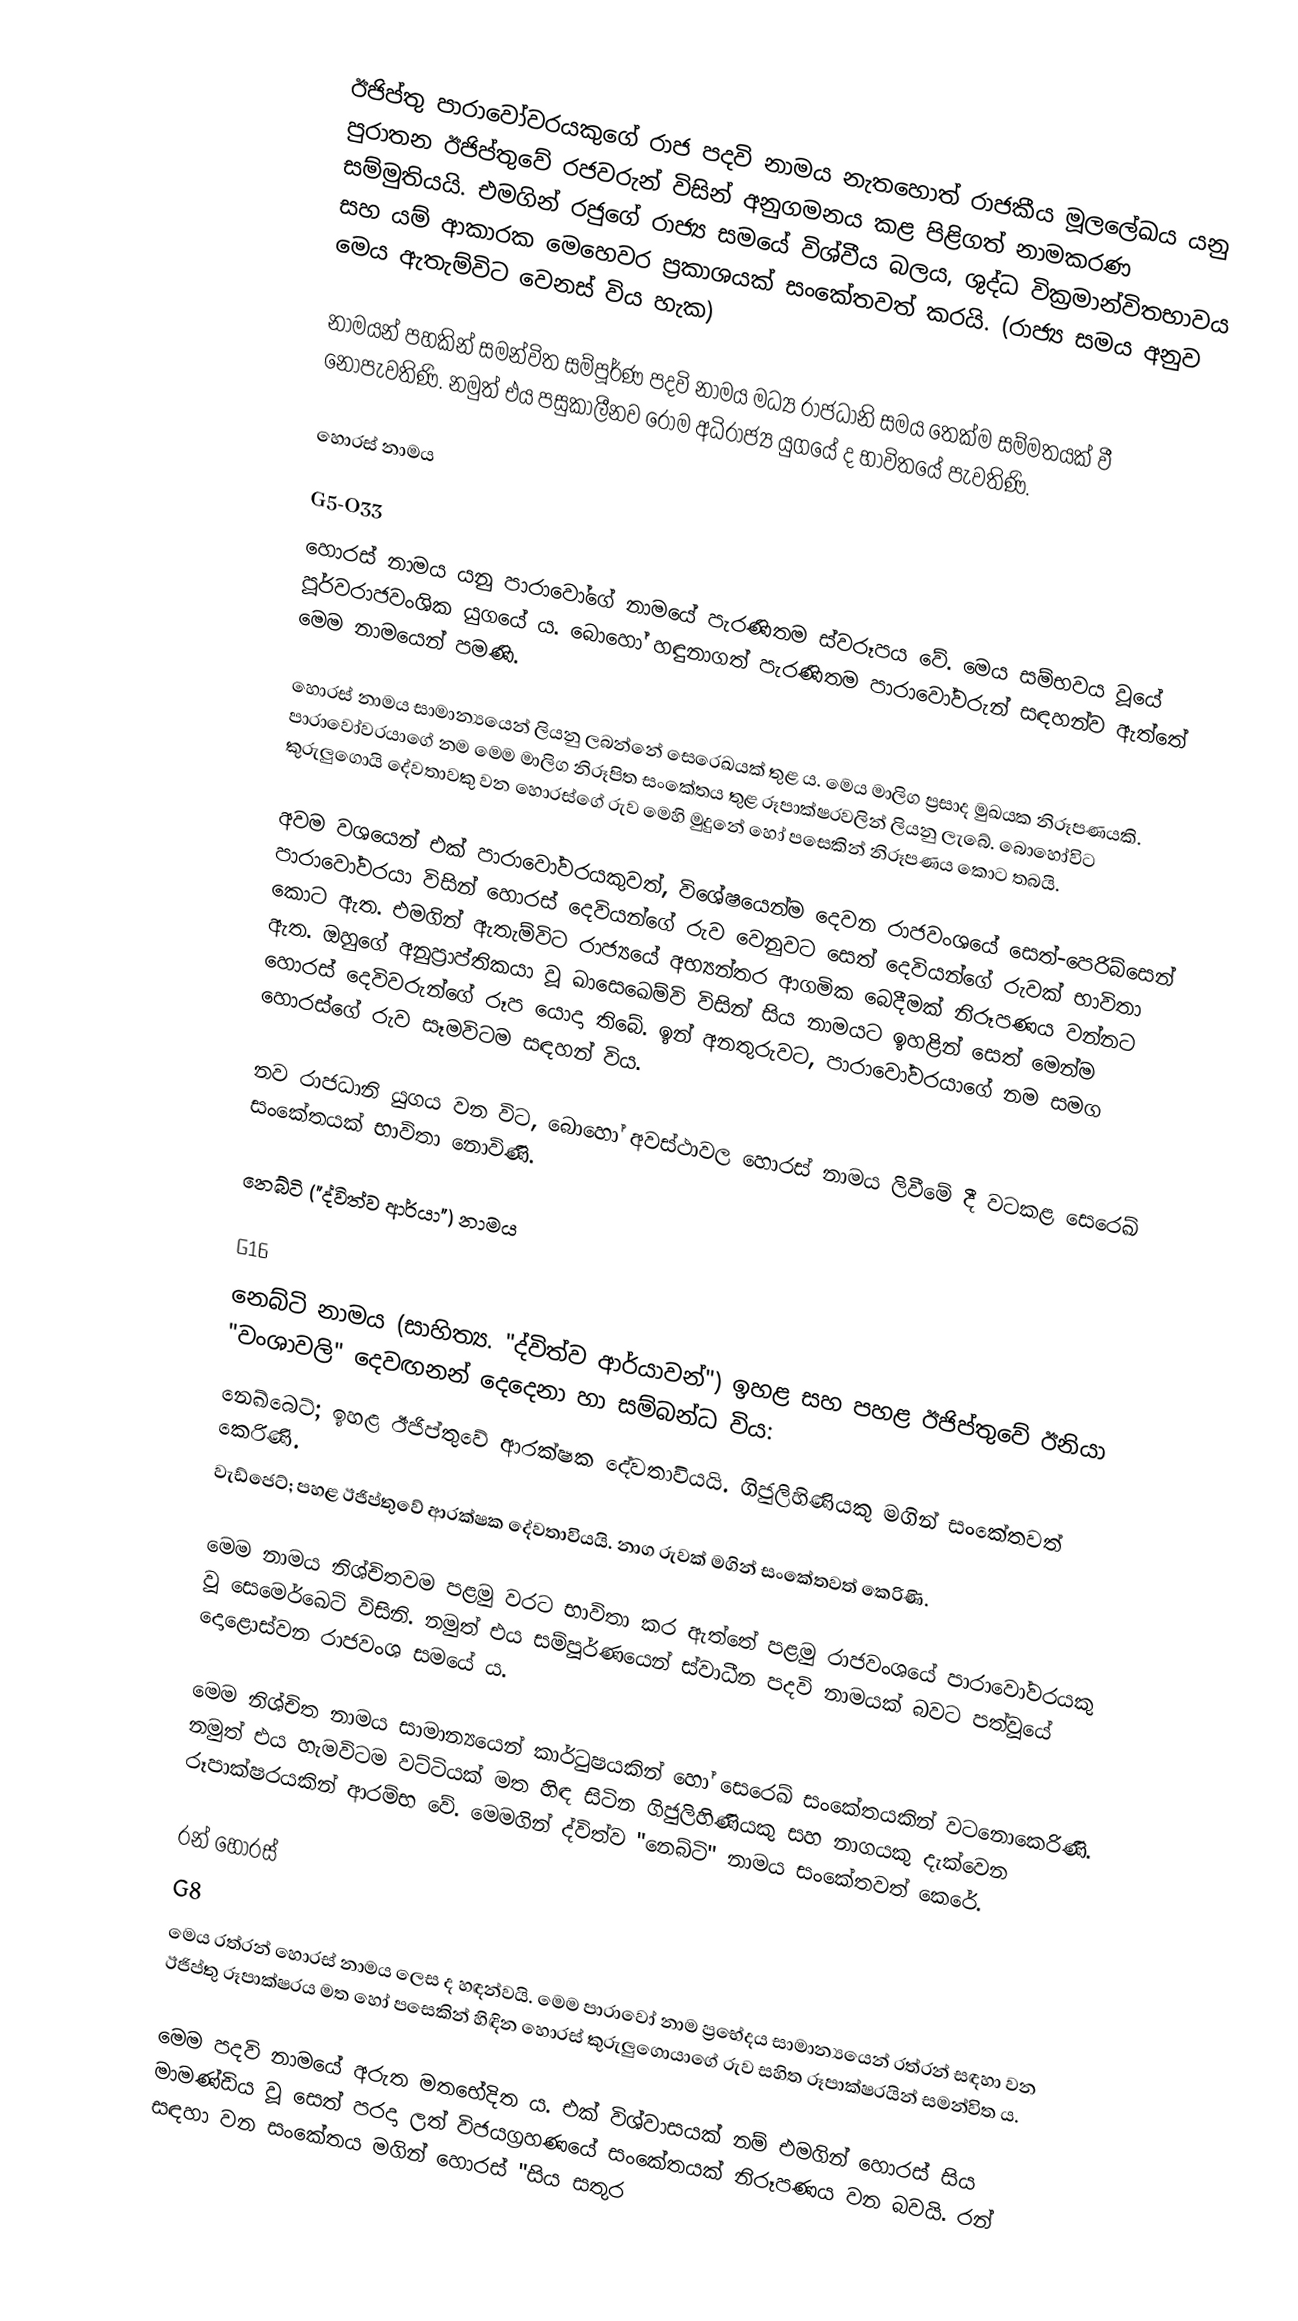
ඊජිප්තු පාරාවෝවරයකුගේ රාජ පදවි නාමය නැතහොත් රාජකීය මූලලේඛය යනු පුරාතන ඊජිප්තුවේ රජවරුන් විසින් අනුගමනය කළ පිළිගත් නාමකරණ සම්මුතියයි. එමගින් රජුගේ රාජ්‍ය සමයේ විශ්වීය බලය, ශුද්ධ වික්‍රමාන්විතභාවය සහ යම් ආකාරක මෙහෙවර ප්‍රකාශයක් සංකේතවත් කරයි. (රාජ්‍ය සමය අනුව මෙය ඇතැම්විට වෙනස් විය හැක)

නාමයන් පහකින් සමන්විත සම්පූර්ණ පදවි නාමය මධ්‍ය රාජධානි සමය තෙක්ම සම්මතයක් වී නොපැවතිණි. නමුත් එය පසුකාලීනව රෝම අධිරාජ්‍ය යුගයේ ද භාවිතයේ පැවතිණි.

හොරස් නාමය

G5-O33
හොරස් නාමය යනු පාරාවෝගේ නාමයේ පැරණිතම ස්වරූපය වේ. මෙය සම්භවය වූයේ පූර්වරාජවංශික යුගයේ ය. බොහෝ හඳුනාගත් පැරණිතම පාරාවෝවරුන් සඳහන්ව ඇත්තේ මෙම නාමයෙන් පමණි.

හොරස් නාමය සාමාන්‍යයෙන් ලියනු ලබන්නේ සෙරෙඛයක් තුළ ය. මෙය මාලිග ප්‍රසාද මුඛයක නිරූපණයකි. පාරාවෝවරයාගේ නම මෙම මාලිග නිරූපිත සංකේතය තුළ රූපාක්ෂරවලින් ලියනු ලැබේ. බොහෝවිට කුරුලුගොයි දේවතාවකු වන හොරස්ගේ රුව මෙහි මුදුනේ හෝ පසෙකින් නිරූපණය කොට තබයි.

අවම වශයෙන් එක් පාරාවෝවරයකුවත්, විශේෂයෙන්ම දෙවන රාජවංශයේ සෙත්-පෙරිබ්සෙන් පාරාවෝවරයා විසින් හොරස් දෙවියන්ගේ රුව වෙනුවට සෙත් දෙවියන්ගේ රුවක් භාවිතා කොට ඇත. එමගින් ඇතැම්විට රාජ්‍යයේ අභ්‍යන්තර ආගමික බෙදීමක් නිරූපණය වන්නට ඇත. ඔහුගේ අනුප්‍රාප්තිකයා වූ ඛාසෙඛෙම්වි විසින් සිය නාමයට ඉහළින් සෙත් මෙන්ම හොරස් දෙවිවරුන්ගේ රූප යොදා තිබේ. ඉන් අනතුරුවට, පාරාවෝවරයාගේ නම සමග හොරස්ගේ රුව සෑමවිටම සඳහන් විය.

නව රාජධානි යුගය වන විට, බොහෝ අවස්ථාවල හොරස් නාමය ලිවීමේ දී වටකළ සෙරෙඛ් සංකේතයක් භාවිතා නොවිණි.

නෙබ්ටි ("ද්විත්ව ආර්යා") නාමය

G16
නෙබ්ටි නාමය (සාහිත්‍ය. "ද්විත්ව ආර්යාවන්") ඉහළ සහ පහළ ඊජිප්තුවේ ඊනියා "වංශාවලි" දෙවඟනන් දෙදෙනා හා සම්බන්ධ විය:
 නෙඛ්බෙට්; ඉහළ ඊජිප්තුවේ ආරක්ෂක දේවතාවියයි. ගිජුලිහිණියකු මගින් සංකේතවත් කෙරිණි.
 වැඩ්ජෙට්; පහළ ඊජිප්තුවේ ආරක්ෂක දේවතාවියයි. නාග රුවක් මගින් සංකේතවත් කෙරිණි.

මෙම නාමය නිශ්චිතවම පළමු වරට භාවිතා කර ඇත්තේ පළමු රාජවංශයේ පාරාවෝවරයකු වූ සෙමෙර්ඛෙට් විසිනි. නමුත් එය සම්පූර්ණයෙන් ස්වාධීන පදවි නාමයක් බවට පත්වූයේ දොළොස්වන රාජවංශ සමයේ ය.

මෙම නිශ්චිත නාමය සාමාන‍්‍යයෙන් කාර්ටුෂයකින් හෝ සෙරෙඛ් සංකේතයකින් වටනොකෙරිණි. නමුත් එය හැමවිටම වට්ටියක් මත හිඳ සිටින ගිජුලිහිණියකු සහ නාගයකු දැක්වෙන රූපාක්ෂරයකින් ආරම්භ වේ. මෙමගින් ද්විත්ව "නෙබ්ටි" නාමය සංකේතවත් කෙරේ.

රන් හොරස්
G8
මෙය රත්රන් හොරස් නාමය ලෙස ද හඳන්වයි. මෙම පාරාවෝ නාම ප්‍රභේදය සාමාන්‍යයෙන් රත්රන් සඳහා වන ඊජිප්තු රූපාක්ෂරය මත හෝ පසෙකින් හිඳින හොරස් කුරුලුගොයාගේ රුව සහිත රූපාක්ෂරයින් සමන්විත ය.

මෙම පදවි නාමයේ අරුත මතභේදිත ය. එක් විශ්වාසයක් නම් එමගින් හොරස් සිය මාමණ්ඩිය වූ සෙත් පරදා ලත් විජයග්‍රහණයේ සංකේතයක් නිරූපණය වන බවයි. රන් සඳහා වන සංකේතය මගින් හොරස් "සිය සතුර